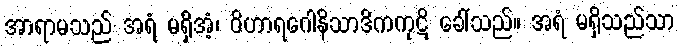
အာရာမသည် အရံ မရှိအံ့၊ ဝိဟာရဂေါနိသာဒိကကုဋိ ခေါ်သည်။ အရံ မရှိသည်သာ